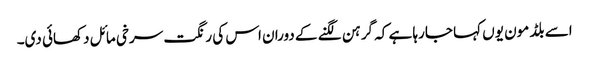
اسے بلڈ مون یوں کہا جارہا ہے کہ گرہن لگنے کے دوران اس کی رنگت سرخی مائل دکھائی دی۔